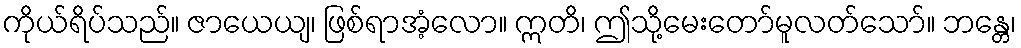
ကိုယ်ရိပ်သည်။ ဇာယေယျ၊ ဖြစ်ရာအံ့လော။ ဣတိ၊ ဤသို့မေးတော်မူလတ်သော်။ ဘန္တေ၊